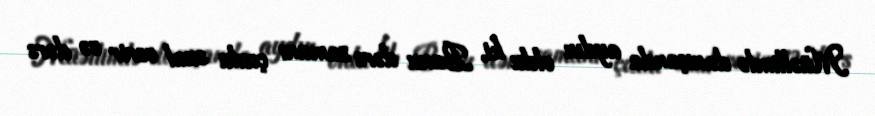
Müəllimlə danışanda aydın oldu ki, Banu dərs zamanı çoxlu sual verir və dərs